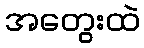
အတွေးထဲ